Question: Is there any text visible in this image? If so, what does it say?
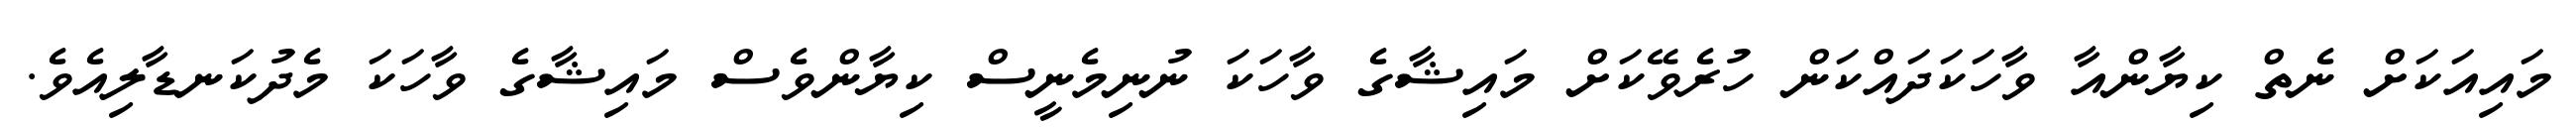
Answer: މައިއަކަށް ނެތް ކިޔާންއާ ވާހަކަދައްކަން ހުރެވޭކަށް މައިޝާގެ ވާހަކަ ނުނިމެނީސް ކިޔާންވެސް މައިޝާގެ ވާހަކަ މެދުކަނޑާލިއެވެ.